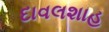
દાવલશાહ